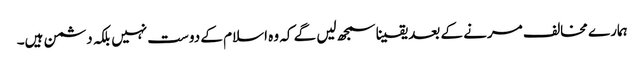
ہمارے مخالف مرنے کے بعد یقینا سمجھ لیں گے کہ وہ اسلام کے دوست نہیں بلکہ دشمن ہیں۔